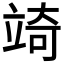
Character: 𮄲